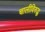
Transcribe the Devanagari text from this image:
चालीविरुद्ध